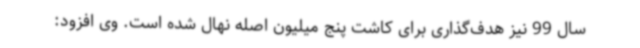
سال 99 نیز هدف‌گذاری برای کاشت پنج میلیون اصله نهال شده است. وی افزود: